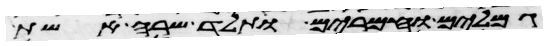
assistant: וגמלים וחמרים ותלד שרה אשת